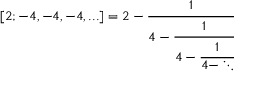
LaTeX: [ 2 ; - 4 , - 4 , - 4 , . . . ] = 2 - { \cfrac { 1 } { 4 - { \cfrac { 1 } { 4 - { \cfrac { 1 } { 4 - \ddots } } } } } }